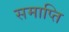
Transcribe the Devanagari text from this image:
समाप्‍ति